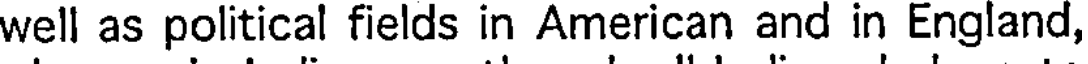
well as political fields in American and in England